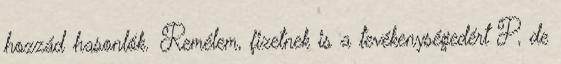
hozzád hasonlók. Remélem, fizetnek is a tevékenységedért P, de